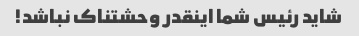
شاید رئیس شما اینقدر وحشتناک نباشد!